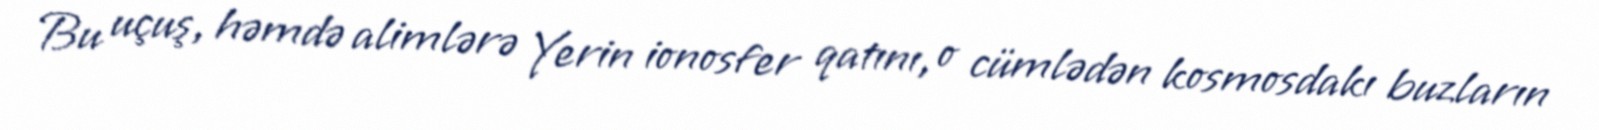
Bu uçuş, həmdə alimlərə Yerin ionosfer qatını, o cümlədən kosmosdakı buzların